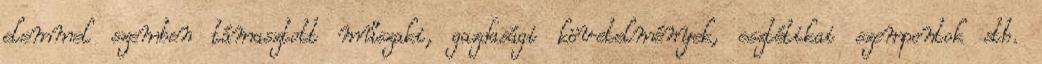
elemmel szemben támasztott műszaki, gazdasági követelmények, esztétikai szempontok stb.